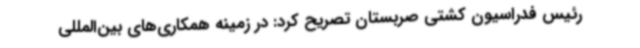
رئیس فدراسیون کشتی صربستان تصریح کرد: در زمینه همکاری‌های بین‌المللی